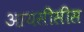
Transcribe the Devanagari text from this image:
आयसीसीस